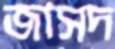
জাসদ